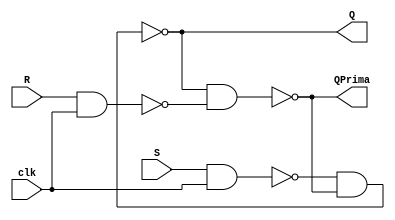
//Flip-Flop S-R con reloj utilizando nand
`timescale 1ns/10ps
module srff_clk (
    input S, R, clk,
    output Q, QPrima);

    wire ws,wr;
    nand (ws,S,clk);
    nand (wr,R,clk);
    nand (Q,ws,QPrima);
    nand (QPrima,Q,wr);

endmodule